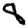
Digit: 8